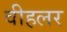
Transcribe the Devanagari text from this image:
वीहलर